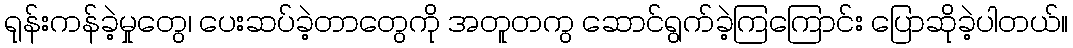
ရုန်းကန်ခဲ့မှုတွေ၊ ပေးဆပ်ခဲ့တာတွေကို အတူတကွ ဆောင်ရွက်ခဲ့ကြကြောင်း ပြောဆိုခဲ့ပါတယ်။